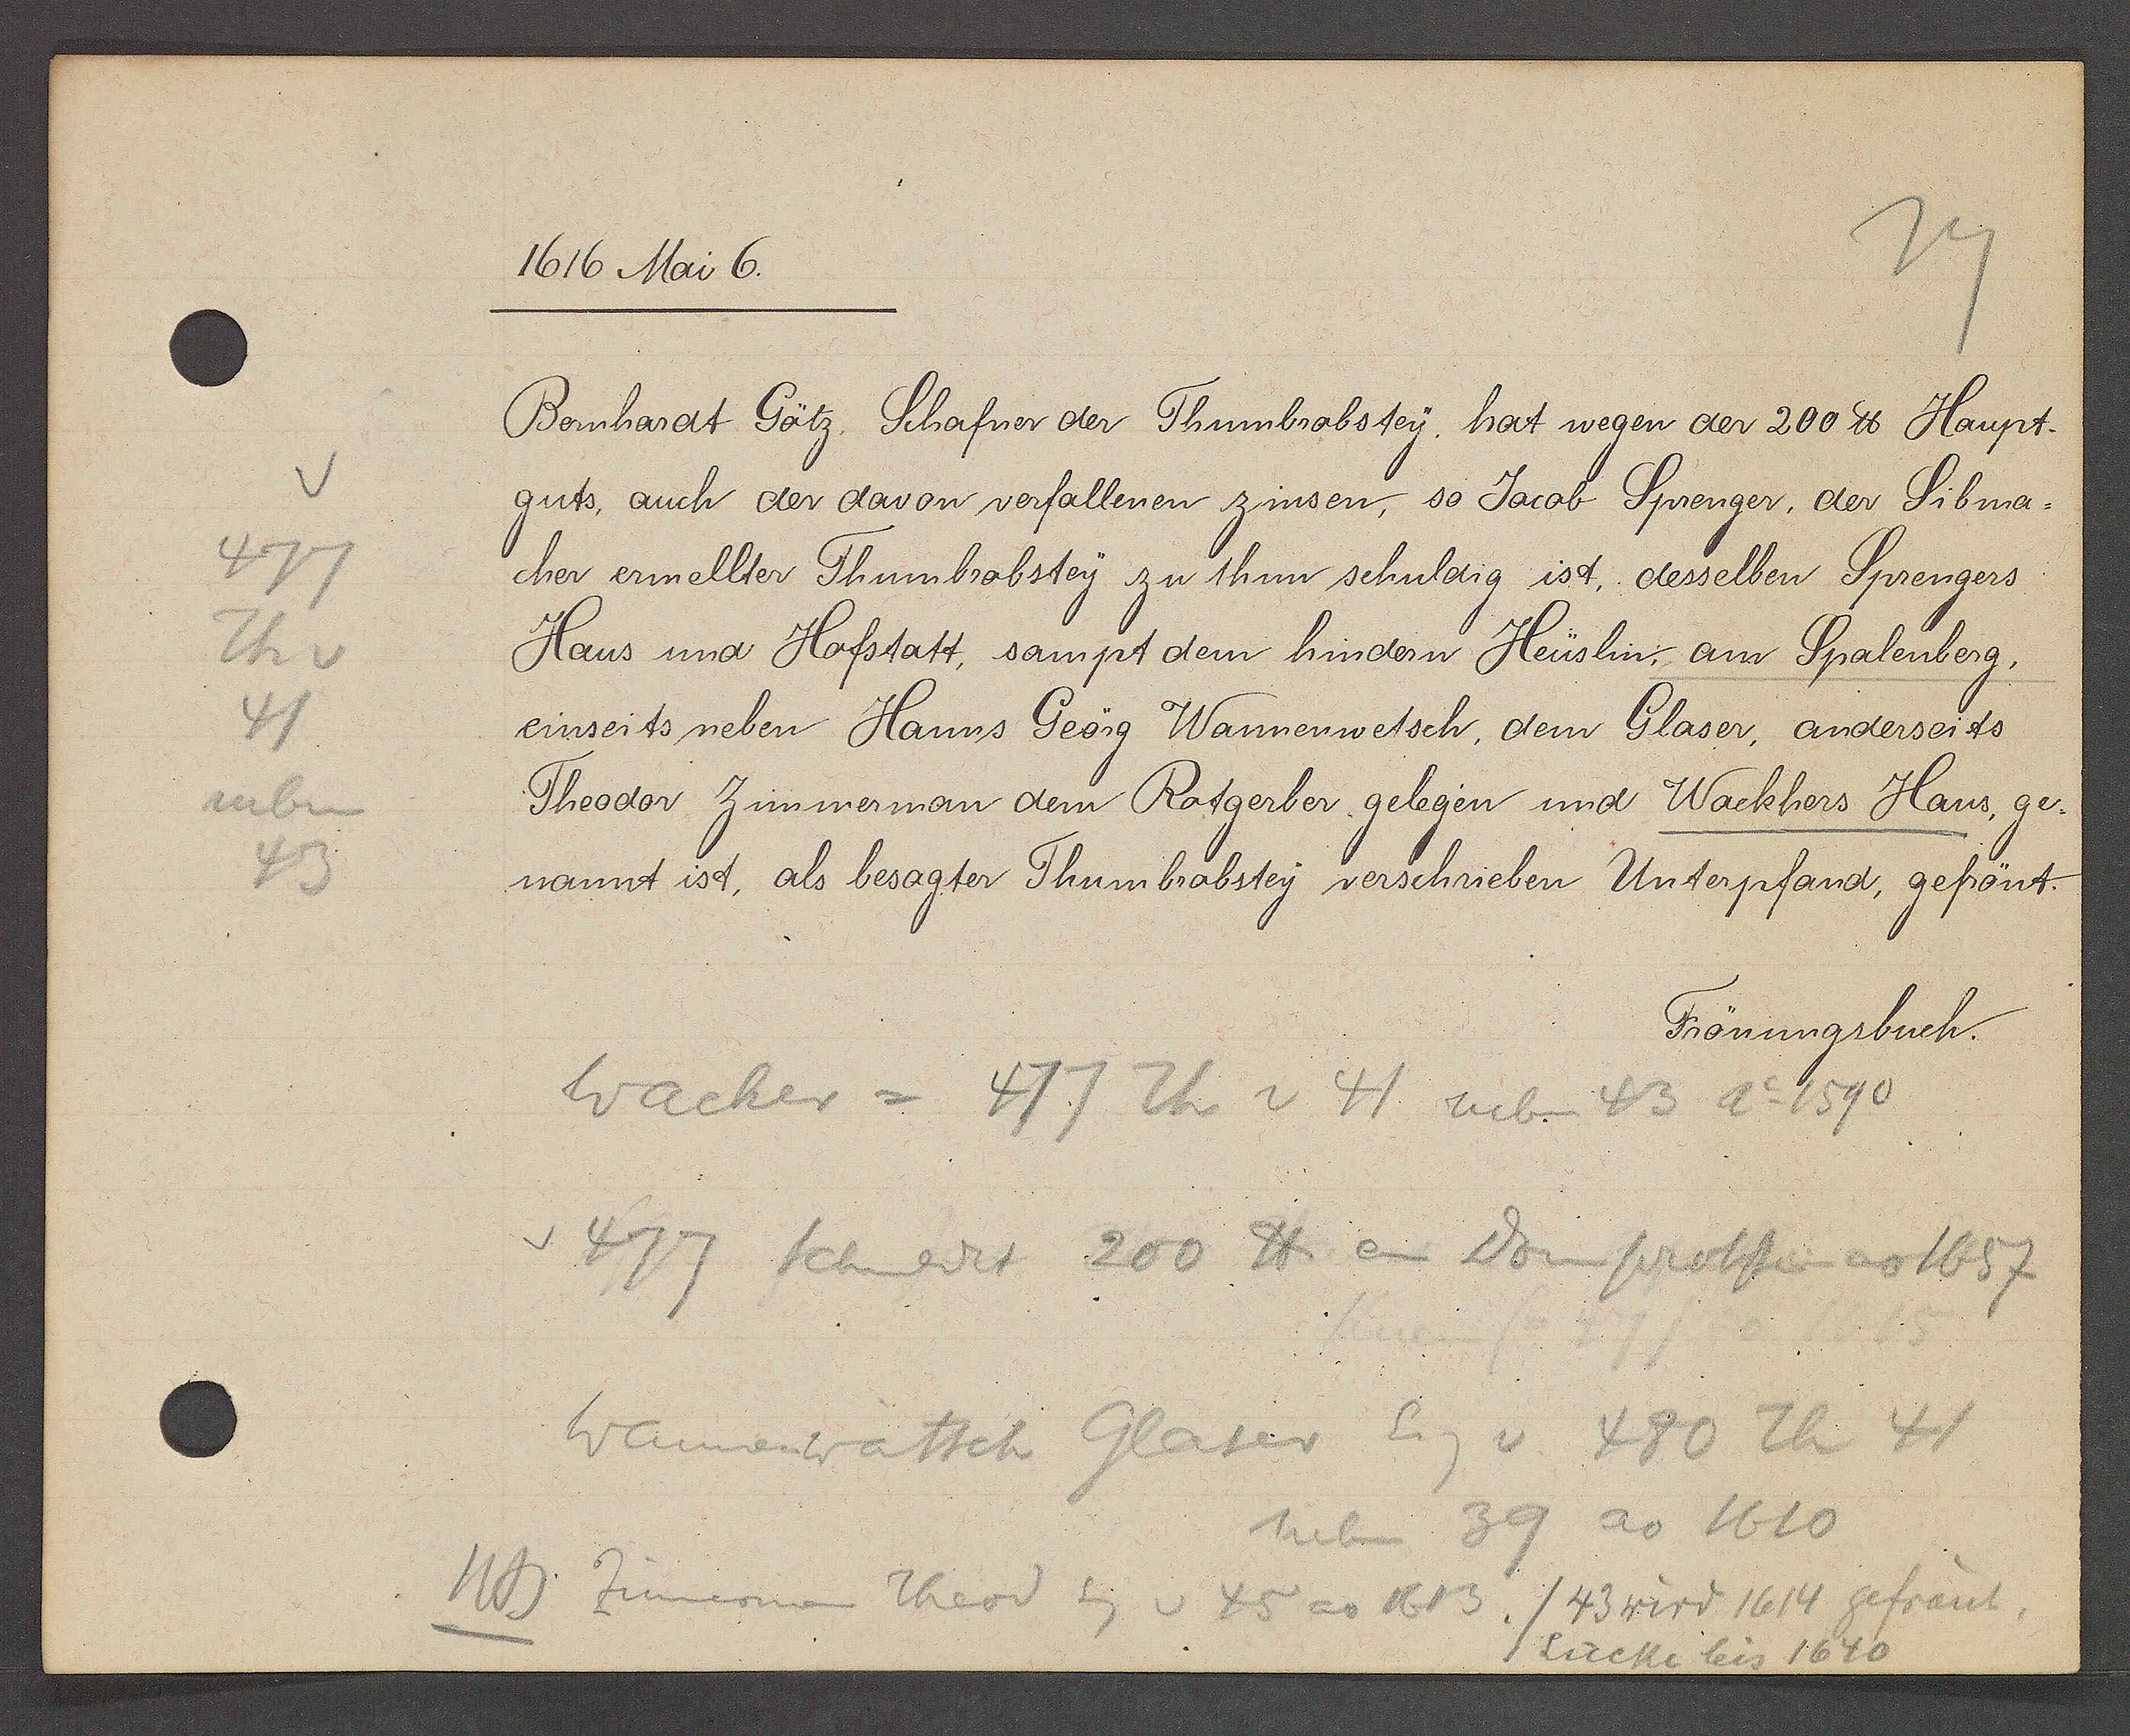
Transcript:
477
Th v
41
neben
43

1616 Mai 6.

Bernhardt Götz. Schafner der Thumbrobstey, hat wegen der 200 ℔ Haupt¬
guts, auch der davon vorfallenen zinsen, so Jacob Sprenger, der Sibma¬
cher ermellter Thumbrobstey zu thun schuldig ist, desselben Sprengers
Haus und Hofstatt, sampt dem hindern Heüslin, am Spalenberg,
einseits neben Hanns Geörg Wannenwetsch, dem Glaser, anderseits
Theodor Zimmerman dem Rotgerber gelegen und Wackhers Haus, ge¬
nannt ist, als besagter Thumbrabstey verschrieben Unterpfand, gefrönt.

Frönungsbuch.

Wacher = 477 Th v 41 neben 43 Ao 1590
477 schuldet 200 ℔ an Domprobstei ao 1657
Wannenwatsch Glaser Eig v 480 Th 41
neben 39 ao 1610
NB Zimerman Theod Eg v 45 ao 1613. / 43 wird 1614 gefrönnt
Lücke bis 1640